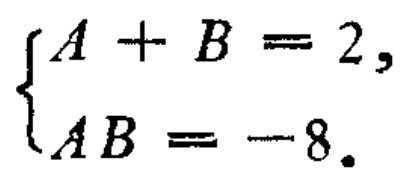
$\begin{cases}
A + B = 2,\\
AB = -8.
\end{cases}$